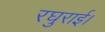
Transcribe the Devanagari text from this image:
रघुराई।